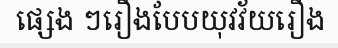
ផ្សេង ៗរឿងបែបយុវវ័យរឿង